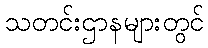
သတင်းဌာနများတွင်